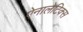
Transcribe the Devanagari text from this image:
ऐनालेटिक्स